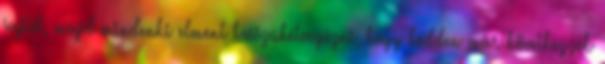
sajtót, majd mindenki elment hosszúhétvégézni, hogy kedden már következzék